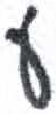
אות: ע